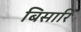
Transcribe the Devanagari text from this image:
बिसारि